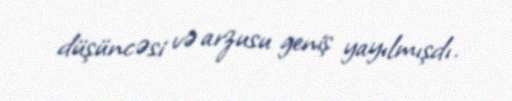
düşüncəsi və arzusu geniş yayılmışdı.